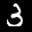
Label: 3